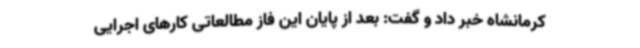
کرمانشاه خبر داد و گفت: بعد از پایان این فاز مطالعاتی کارهای اجرایی